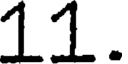
11.